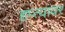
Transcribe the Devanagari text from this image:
हप्त्यावर